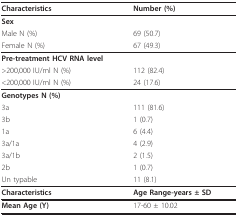
| Characteristics | Number (%) |
 | --- | --- |
 | Sex |  |
 | Male N (%) | 69 (50.7) |
 | Female N (%) | 67 (49.3) |
 | Pre-treatment HCV RNA level |  |
 | >200,000 IU/ml N (%) | 112 (82.4) |
 | <200,000 IU/ml N (%) | 24 (17.6) |
 | Genotypes N (%) |  |
 | 3a | 111 (81.6) |
 | 3b | 1 (0.7) |
 | 1a | 6 (4.4) |
 | 3a/1a | 4 (2.9) |
 | 3a/1b | 2 (1.5) |
 | 2b | 1 (0.7) |
 | Un typable | 11 (8.1) |
 | Characteristics | Age Range-years ± SD |
 | Mean Age (Y) | 17-60 ± 10.02 |